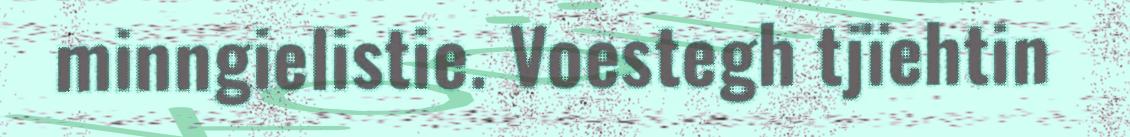
minngielistie. Voestegh tjïehtin